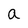
Character: a